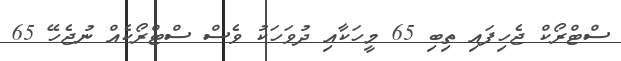
ސްޓްރޯކް ޖެހިފައި ތިބި 65 މީހަކާއި ދުވަހަކު ވެސް ސްޓްރޯކެއް ނުޖެހޭ 65